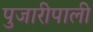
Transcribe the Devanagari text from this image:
पुजारीपाली